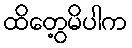
ထိတွေ့မိပါက